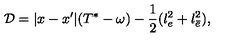
{ \cal D } = | x - x ^ { \prime } | ( T ^ { * } - \omega ) - \frac { 1 } { 2 } ( l _ { e } ^ { 2 } + l _ { \bar { e } } ^ { 2 } ) ,